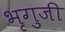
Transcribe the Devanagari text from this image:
भृगुजी